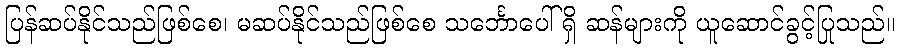
ပြန်ဆပ်နိုင်သည်ဖြစ်စေ၊ မဆပ်နိုင်သည်ဖြစ်စေ သင်္ဘောပေါ်ရှိ ဆန်များကို ယူဆောင်ခွင့်ပြုသည်။